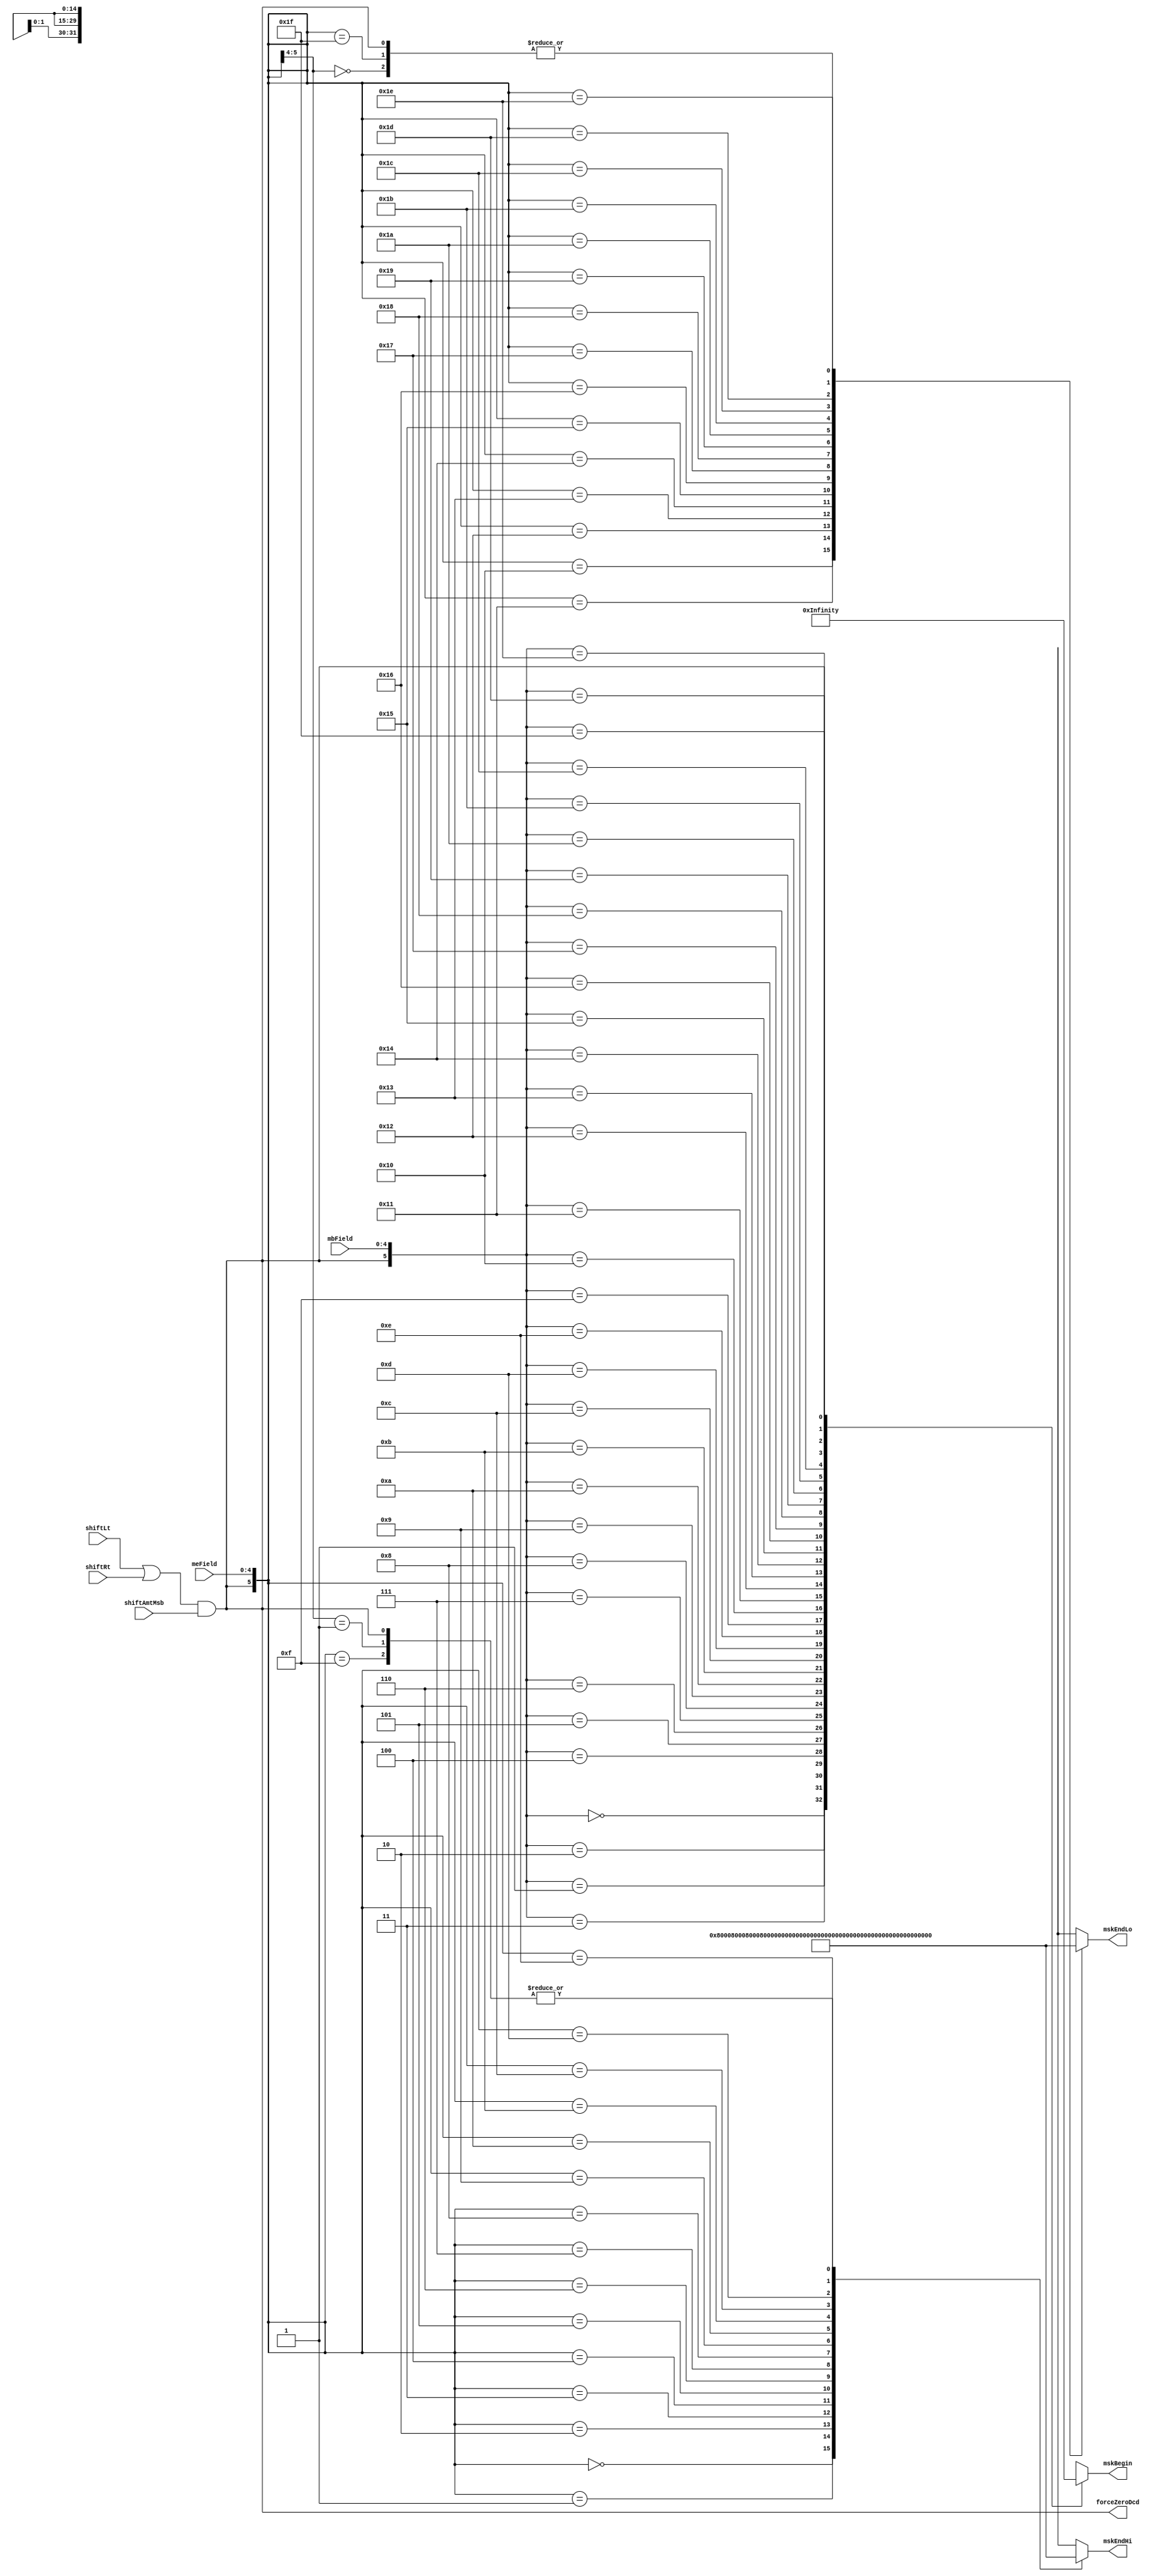
// 
// ************************************************************************** 
// 
//  Copyright (c) International Business Machines Corporation, 2005. 
// 
//  This file contains trade secrets and other proprietary and confidential 
//  information of International Business Machines Corporation which are 
//  protected by copyright and other intellectual property rights and shall 
//  not be reproduced, transferred to other documents, disclosed to others, 
//  or used for any purpose except as specifically authorized in writing by 
//  International Business Machines Corporation. This notice must be 
//  contained as part of this text at all times. 
// 
// ************************************************************************** 
//
module p405s_srmMskDcd (mskBegin, mskEndHi, mskEndLo, forceZeroDcd, mbField, meField, shiftLt, shiftAmtMsb, shiftRt);
    output [0:31] mskBegin;
    output [0:14] mskEndHi;
    output [16:30] mskEndLo;
    output forceZeroDcd;
    input [0:4] mbField;
    input [0:4] meField;
    input shiftLt;
    input shiftAmtMsb;
    input shiftRt;

reg forceZeroDcd_i;
wire forceZeroDcd;
reg [0:31] mskBegin;
reg [0:14] mskEndHi;
reg [16:30] mskEndLo;
assign forceZeroDcd = forceZeroDcd_i;
always @(mbField or meField or shiftLt or shiftAmtMsb or shiftRt)
begin
   forceZeroDcd_i = (shiftLt | shiftRt) & shiftAmtMsb;
   casez({forceZeroDcd_i,mbField}) // synopsys parallel_case full_case
      6'h00 : mskBegin = 32'h80000000;
      6'h01 : mskBegin = 32'h40000000;
      6'h02 : mskBegin = 32'h20000000;
      6'h03 : mskBegin = 32'h10000000;
      6'h04 : mskBegin = 32'h08000000;
      6'h05 : mskBegin = 32'h04000000;
      6'h06 : mskBegin = 32'h02000000;
      6'h07 : mskBegin = 32'h01000000;
      6'h08 : mskBegin = 32'h00800000;
      6'h09 : mskBegin = 32'h00400000;
      6'h0a : mskBegin = 32'h00200000;
      6'h0b : mskBegin = 32'h00100000;
      6'h0c : mskBegin = 32'h00080000;
      6'h0d : mskBegin = 32'h00040000;
      6'h0e : mskBegin = 32'h00020000;
      6'h0f : mskBegin = 32'h00010000;
      6'h10 : mskBegin = 32'h00008000;
      6'h11 : mskBegin = 32'h00004000;
      6'h12 : mskBegin = 32'h00002000;
      6'h13 : mskBegin = 32'h00001000;
      6'h14 : mskBegin = 32'h00000800;
      6'h15 : mskBegin = 32'h00000400;
      6'h16 : mskBegin = 32'h00000200;
      6'h17 : mskBegin = 32'h00000100;
      6'h18 : mskBegin = 32'h00000080;
      6'h19 : mskBegin = 32'h00000040;
      6'h1a : mskBegin = 32'h00000020;
      6'h1b : mskBegin = 32'h00000010;
      6'h1c : mskBegin = 32'h00000008;
      6'h1d : mskBegin = 32'h00000004;
      6'h1e : mskBegin = 32'h00000002;
      6'h1f : mskBegin = 32'h00000001;
      6'b1????? :  mskBegin = 32'h00000000;
// x catcher.
      default : mskBegin = 32'hxxxxxxxx;
   endcase
   casez({forceZeroDcd_i,meField}) // synopsys parallel_case full_case
      6'h00 : mskEndHi = 15'b100000000000000;
      6'h01 : mskEndHi = 15'b010000000000000;
      6'h02 : mskEndHi = 15'b001000000000000;
      6'h03 : mskEndHi = 15'b000100000000000;
      6'h04 : mskEndHi = 15'b000010000000000;
      6'h05 : mskEndHi = 15'b000001000000000;
      6'h06 : mskEndHi = 15'b000000100000000;
      6'h07 : mskEndHi = 15'b000000010000000;
      6'h08 : mskEndHi = 15'b000000001000000;
      6'h09 : mskEndHi = 15'b000000000100000;
      6'h0a : mskEndHi = 15'b000000000010000;
      6'h0b : mskEndHi = 15'b000000000001000;
      6'h0c : mskEndHi = 15'b000000000000100;
      6'h0d : mskEndHi = 15'b000000000000010;
      6'h0e : mskEndHi = 15'b000000000000001;
      6'h0f : mskEndHi = 15'b000000000000000;
      6'b01???? : mskEndHi = 15'b000000000000000;
      6'b1????? : mskEndHi = 15'b000000000000000;
// x catcher.
      default mskEndHi = 15'bxxxxxxxxxxxxxxx;
   endcase
   casez({forceZeroDcd_i,meField}) // synopsys parallel_case full_case
      6'b00???? : mskEndLo = 15'b000000000000000;
      6'h10 : mskEndLo = 15'b100000000000000;
      6'h11 : mskEndLo = 15'b010000000000000;
      6'h12 : mskEndLo = 15'b001000000000000;
      6'h13 : mskEndLo = 15'b000100000000000;
      6'h14 : mskEndLo = 15'b000010000000000;
      6'h15 : mskEndLo = 15'b000001000000000;
      6'h16 : mskEndLo = 15'b000000100000000;
      6'h17 : mskEndLo = 15'b000000010000000;
      6'h18 : mskEndLo = 15'b000000001000000;
      6'h19 : mskEndLo = 15'b000000000100000;
      6'h1a : mskEndLo = 15'b000000000010000;
      6'h1b : mskEndLo = 15'b000000000001000;
      6'h1c : mskEndLo = 15'b000000000000100;
      6'h1d : mskEndLo = 15'b000000000000010;
      6'h1e : mskEndLo = 15'b000000000000001;
      6'h1f : mskEndLo = 15'b000000000000000;
      6'b1????? : mskEndLo = 15'b000000000000000;
// x catcher.
      default mskEndLo = 15'bxxxxxxxxxxxxxxx;
   endcase
end

endmodule